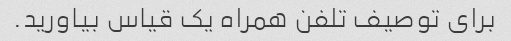
برای توصیف تلفن همراه یک قیاس بیاورید.